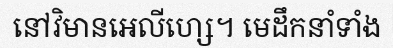
នៅវិមានអេលីហ្សេ។ មេដឹកនាំទាំង